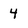
Character: 4